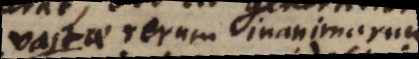
vasta rerum inanimarum